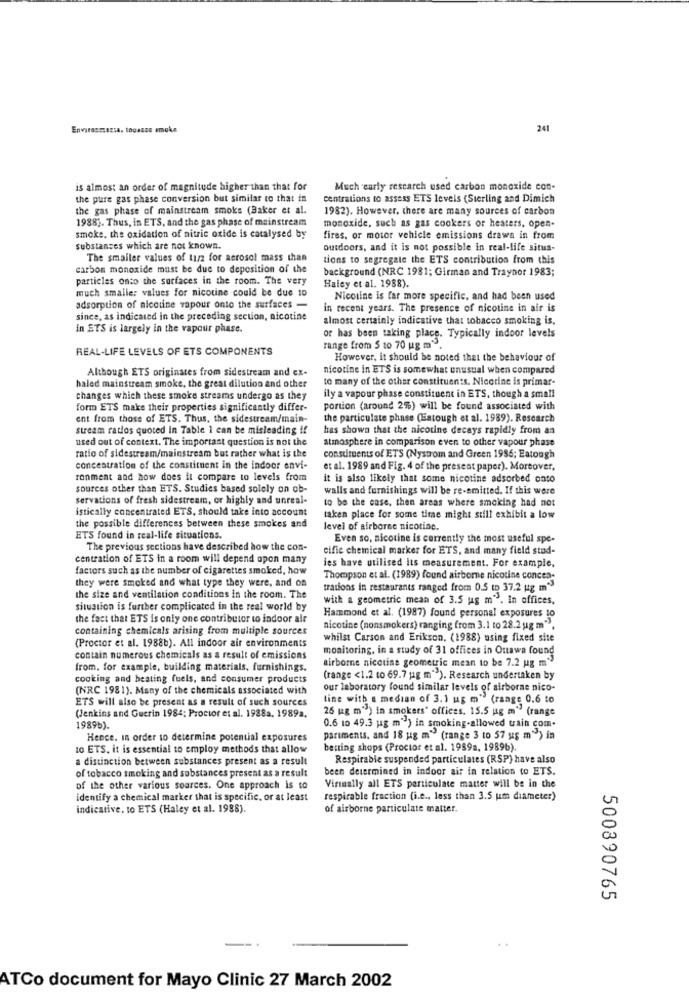
Envarasmazsa. togauze emoka
241
is almost an order of magnitude higher than that for
Much early research used carbon monoxide con-
the pure gas phase conversion but similar to that in
centrations to assess ETS levels (Sterling and Dimich
the gas phase of mainstream smoke (Baker et al.
1982). However, there are many sources of carbon
1988). Thus, in ETS, and the gas phase of mainstream
monoxide, such as gas cookers or heaters, open-
smoke, the oxidation of nitric oxide is catalysed by
fires, or motor vehicle emissions drawn in from
substances which are not known.
outdoors, and it is not possible in real-life situa-
The smaller values of tusz for aerosol mass than
tions to segregate the ETS contribution from this
carbon monoxide must be due to deposition of the
background (NRC 1981; Girman and Traynor 1983;
particles onto the surfaces in the room. The very
much smaller values for nicotine could be due to
Haley et al. 1988).
Nicoline is far more specific, and had been used
adsorption of nicotine vapour onto the surfaces -
in recent years. The presence of nicotine in air is
since, as indicated in the preceding section, nicotine
almost certainly indicative that tobacco smoking is.
in ETS is largely in the vapour phase.
or has been taking place. Typically indoor levels
REAL-LIFE LEVELS OF ETS COMPONENTS
range from 5 to 70 ug m".
However, it should be noted that the behaviour of
Although ETS originates from sidestream and ex-
nicotine in ETS is somewhat unusual when compared
to many of the other constituents. Nicotine is primar-
haled mainstream smoke, the great dilution and other
changes which these smoke streams undergo as they
ily a vapour phase constituent in ETS, though a small
form ETS make their properties significantly differ-
portion (around 2%) will be found associated with
ent from those of ETS. Thus, the sidestream/main-
the particulate phase (latough et al. 1989). Research
stream ratlos quoted in Table 1 can be misleading if
has shown that the nicotine decays rapidly from an
used out of context. The important question is not the
atmosphere in comparison even to other vapour phase
ratio of sidestream/mainstream but rather what is the
consulteents of ETS (Nystrom and Green 1986; Eatough
concentration of the constituent in the indoor envi-
et al. 1989 and Fig. 4 of the present paper). Moreover,
ronment and how does it compare to levels from
it is also likely that some nicotine adsorbed onto
sources other than ETS. Studies based solely on ob-
walls and furnishings will be re-emitted. If this were
servations of fresh sidestream, or highly and unreal-
to be the case, then areas where smoking had not
istically concentrated ETS, should take into account
taken place for some time might still exhibit a low
the possible differences between these smokes and
level of airborne nicotine.
ETS found in real-life situations.
Even so, nicotine is currently the most useful spe-
The previous sections have described how the con-
cific chemical marker for ETS, and many field stad-
centration of ETS in a room will depend upon many
factors such as the number of cigarettes smoked, how
ies have utilised its measurement. For example.
they were smoked and what type they were, and on
Thompson et al. (1989) found airborne nicotine concen-
trations in restaurants ranged from 0.5 to 37.2 ug m">
the size and ventilation conditions in the room. The
with a geometric mean of 3.5 ug m">. In offices,
situation is further complicated in the real world by
the fact that ETS is only one contributor to indoor air
Hammond et al. (1987) found personal exposures to
containing chemicals arising from multiple sources
nicotine (nonsmokers) ranging from 3.1 to 28.2 ug m"",
(Proctor et al. 1988b). All indoor air environments
whilst Carson and Erikson. (1988) using fixed site
monitoring, in a study of 31 offices in Onawa found
contain numerous chemicals as a result of emissions
airborne nicotine geometric mean to be 7.2 ug m">
from, for example, building materials, furnishings.
cooking and beating fuels, and consumer products
(range <1.2 to 69.7 jag m"). Research undertaken by
(NRC 1981). Many of the chemicals associated with
our laboratory found similar levels of airborne nico-
ETS will also be present as a result of such sources
line with a median of 3.1 ug m" (range 0.6 to
25 kg m'3) in smokers" offices. 15.5 ug m" (range
(Jenkins and Guerin 1984; Proctor et al. 1938a. 1989a.
1989b).
0.6 to 49.3 ug m") in smoking-allowed train com.
Hence. in order to determine potential exposures
pariments, and 18 ug m" (range 3 to 57 us m") in
10 ETS. it is essential to employ methods that allow
betting shops (Proctor et al. 1989a, 1989b).
a distinction between substances present as a result
Respirable suspended particulates (RSP) have also
of tobacco smoking and substances present as a result
been determined in indoor air in relation to ETS.
of the other various sources. One approach is to
Virtually all ETS particulate matter will be in the
identify a chemical marker that is specific, or at least
respirable fraction (i.e ., less than 3.5 um diameter)
indicative, to ETS (Haley et al. 1988).
of airborne particulate matter.
500890765
ATCo document for Mayo Clinic 27 March 2002